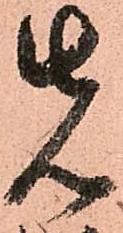
先